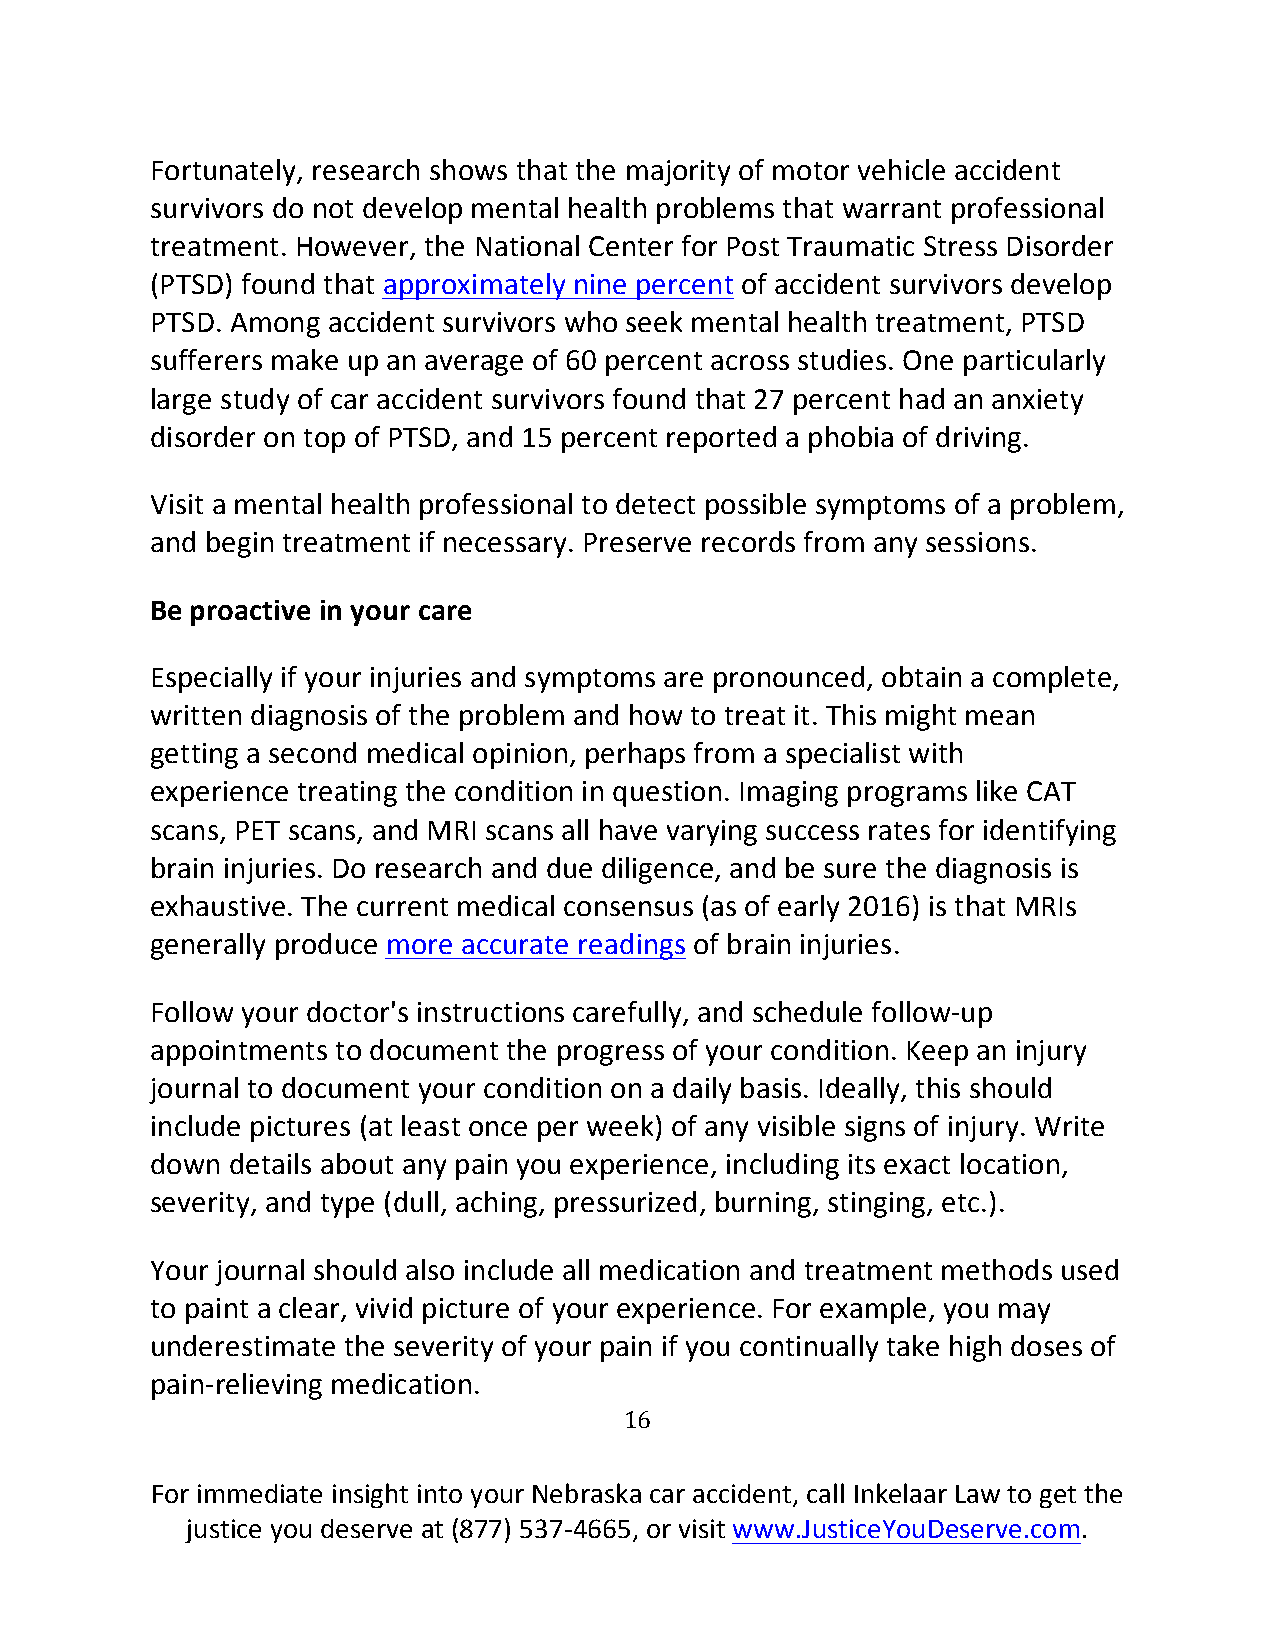
Fortunately, research shows that the majority of motor vehicle accident
 survivors do not develop mental health problems that warrant professional
 treatment. However, the National Center for Post Traumatic Stress Disorder
 (PTSD) found that approximately nine percent of accident survivors develop
 PTSD. Among accident survivors who seek mental health treatment, PTSD
 sufferers make up an average of 60 percent across studies. One particularly
 large study of car accident survivors found that 27 percent had an anxiety
 disorder on top of PTSD, and 15 percent reported a phobia of driving.
 Visit a mental health professional to detect possible symptoms of a problem,
 and begin treatment if necessary. Preserve records from any sessions.
 Be proactive in your care
 Especially if your injuries and symptoms are pronounced, obtain a complete,
 written diagnosis of the problem and how to treat it. This might mean
 getting a second medical opinion, perhaps from a specialist with
 experience treating the condition in question. Imaging programs like CAT
 scans, PET scans, and MRI scans all have varying success rates for identifying
 brain injuries. Do research and due diligence, and be sure the diagnosis is
 exhaustive. The current medical consensus (as of early 2016) is that MRIs
 generally produce more accurate readings of brain injuries.
 Follow your doctor's instructions carefully, and schedule follow-up
 appointments to document the progress of your condition. Keep an injury
 journal to document your condition on a daily basis. Ideally, this should
 include pictures (at least once per week) of any visible signs of injury. Write
 down details about any pain you experience, including its exact location,
 severity, and type (dull, aching, pressurized, burning, stinging, etc.).
 Your journal should also include all medication and treatment methods used
 to paint a clear, vivid picture of your experience. For example, you may
 underestimate the severity of your pain if you continually take high doses of
 pain-relieving medication.
 16
 For immediate insight into your Nebraska car accident, call Inkelaar Law to get the
 justice you deserve at (877) 537-4665, or visit www.JusticeYouDeserve.com.